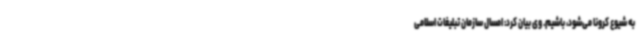
به شیوع کرونا می‌شود، باشیم. وی بیان کرد: امسال سازمان تبلیغات اسلامی